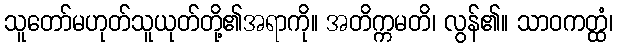
သူတော်မဟုတ်သူယုတ်တို့၏အရာကို။ အတိက္ကမတိ၊ လွန်၏။ သာဝကတ္ထံ၊